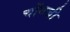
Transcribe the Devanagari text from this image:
चोंगजी